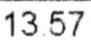
13.57